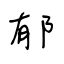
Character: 郁